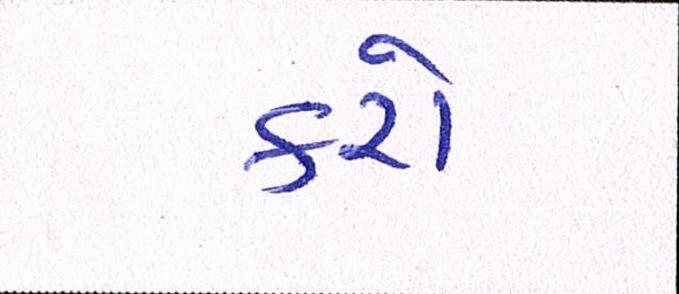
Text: કરો